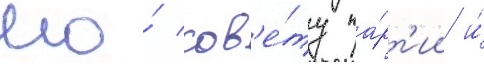
его́ сов'е́ту па́рт'ии и́